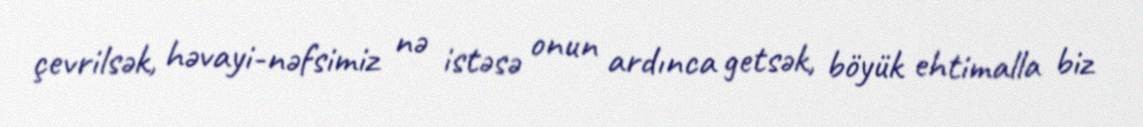
çevrilsək, həvayi-nəfsimiz nə istəsə onun ardınca getsək, böyük ehtimalla biz